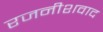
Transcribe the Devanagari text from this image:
रजनीशवाद